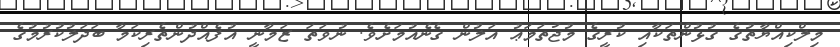
މިލްކިއްޔާތުގެ ގުޅުންތަކާއި ކުރީގެ މުޖުތަމަޢު އަލުން ގެނެއުމަށެވެ. ނުވަތަ ޒަމާނީ އުފެއްދުންތެރިކަމާ ބަދަލުކުރުމުގެ